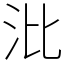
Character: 沘